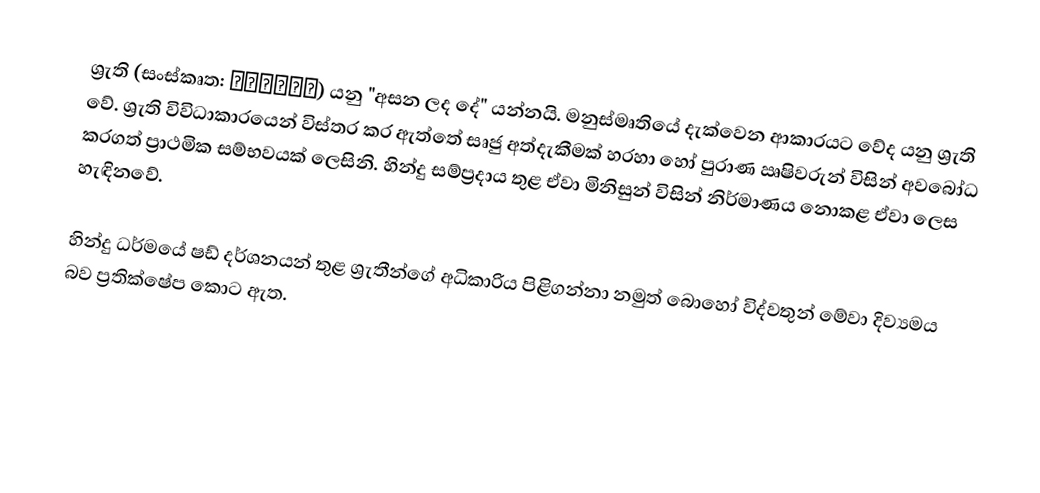
ශ්‍රැති (සංස්කෘත: श्रुति) යනු "අසන ලද දේ" යන්නයි. මනුස්මෘතියේ දැක්වෙන ආකාරයට වේද යනු ශ්‍රැති වේ. ශ්‍රැති විවිධාකාරයෙන් විස්තර කර ඇත්තේ සෘජු අත්දැකීමක් හරහා හෝ පුරාණ ඍෂිවරුන් විසින් අවබෝධ කරගත් ප්‍රාථමික සම්භවයක් ලෙසිනි. හින්දු සම්ප්‍රදාය තුළ ඒවා මිනිසුන් විසින් නිර්මාණය නොකළ ඒවා ලෙස හැඳිනවේ.

හින්දු ධර්මයේ ෂඩ් දර්ශනයන් තුළ ශ්‍රැතීන්ගේ අධිකාරිය පිළිගන්නා නමුත් බොහෝ විද්වතුන් මේවා දිව්‍යමය බව ප්‍රතික්ෂේප කොට ඇත.